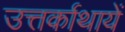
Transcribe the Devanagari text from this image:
उत्तर्काथायें